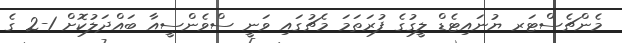
މެންޗެސްޓަރ ޔުނައިޓެޑް ލީގުގެ ފުރަތަމަ މެޗުގައި ވަނީ ސްވެންސީއާ ބައްދަލުކޮށް 1-2 ގެ